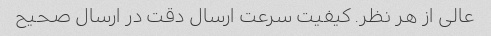
عالی از هر نظر. کیفیت سرعت ارسال دقت در ارسال صحیح